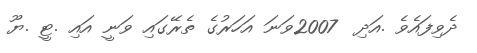
ދެވިފައެވެ .އަދި  2007ވަނަ އަހަރުގެ ތެރޭގައި ވަނީ އައި .ޓީ .ޔޫ